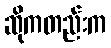
ဆိုကတည်းက